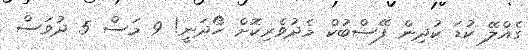
ގެއްލޭ ކުޑަ ކުދިން ފޭސްބުކް މެދުވެރިކޮށް ހޯދަނީ! 9 މަސް 5 ދުވަސް